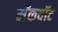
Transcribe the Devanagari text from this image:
मॅकवॉट